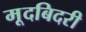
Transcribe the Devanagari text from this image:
मूदबिदरी